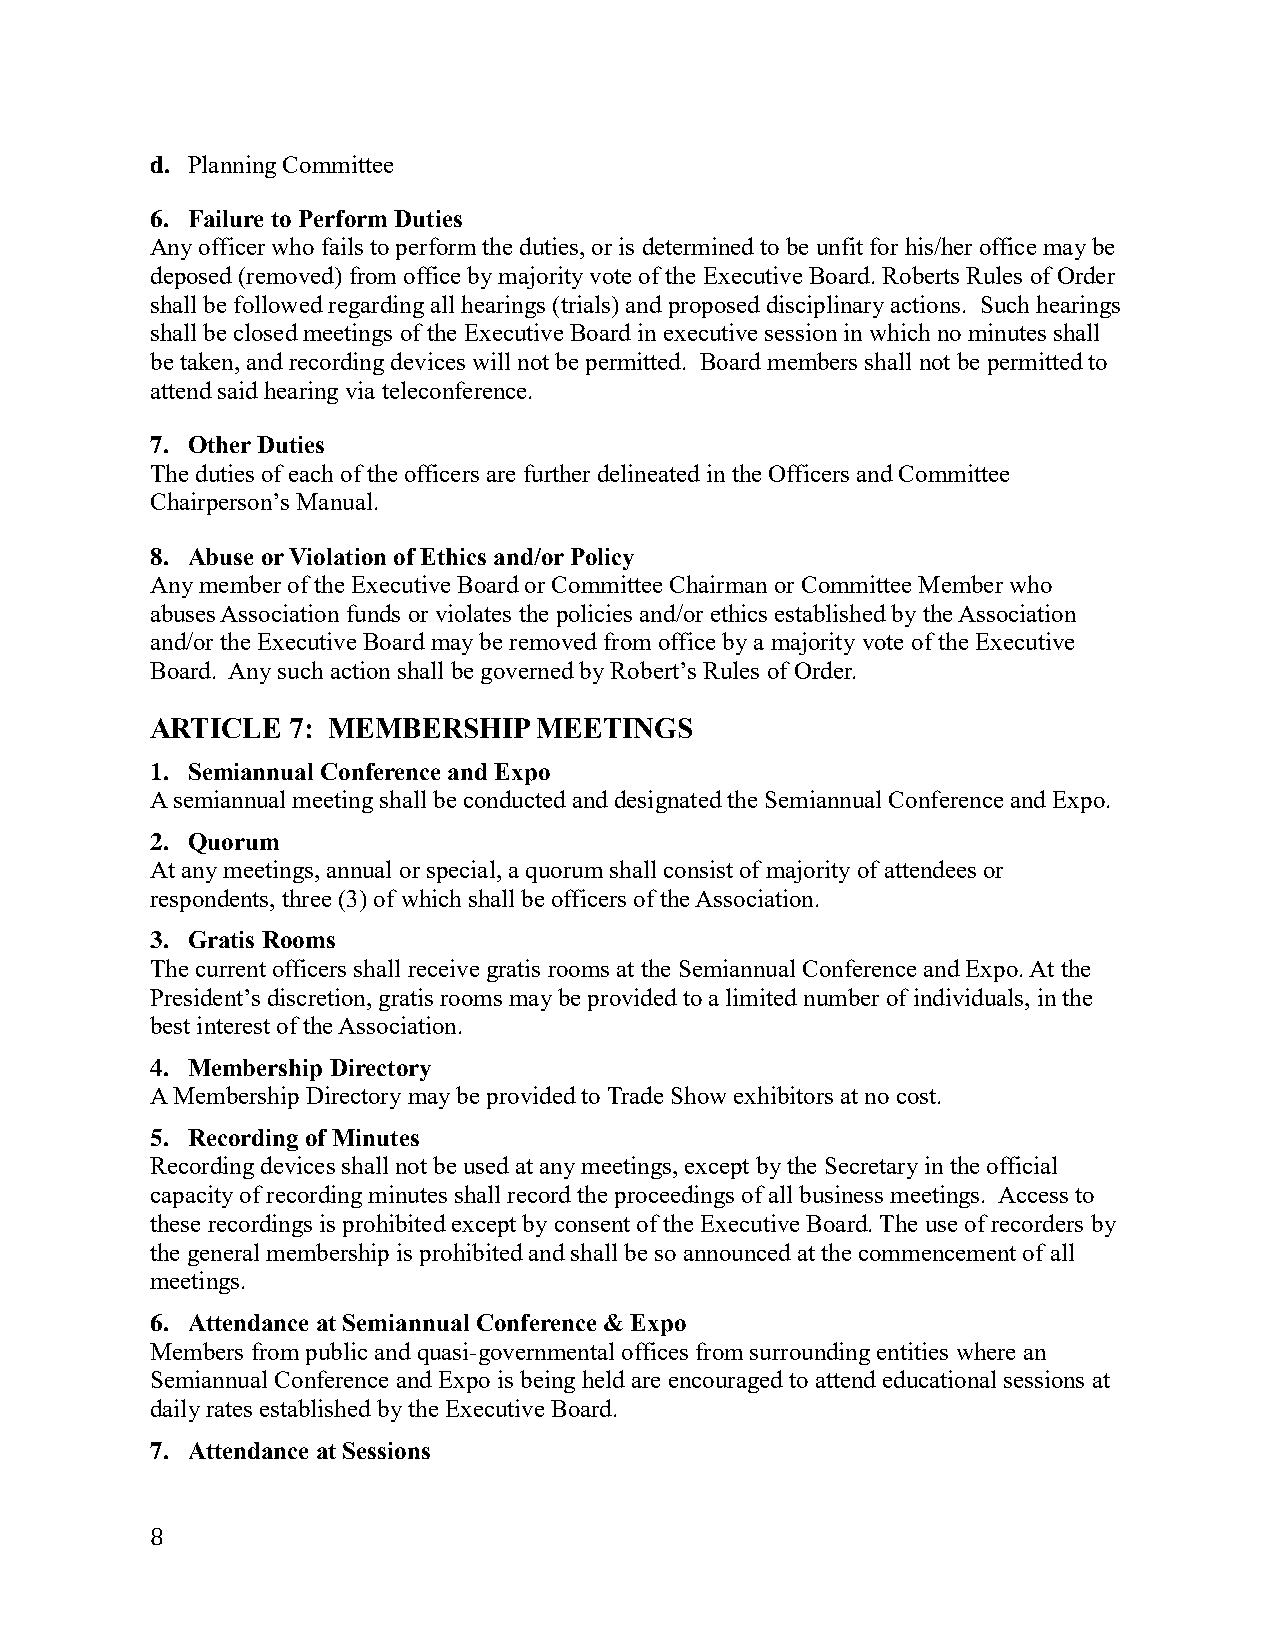
d. Planning Committee
 6. Failure to Perform Duties
 Any officer who fails to perform the duties, or is determined to be unfit for his/her office may be
 deposed (removed) from office by majority vote of the Executive Board. Roberts Rules of Order
 shall be followed regarding all hearings (trials) and proposed disciplinary actions. Such hearings
 shall be closed meetings of the Executive Board in executive session in which no minutes shall
 be taken, and recording devices will not be permitted. Board members shall not be permitted to
 attend said hearing via teleconference.
 7. Other Duties
 The duties of each of the officers are further delineated in the Officers and Committee
 Chairperson’s Manual.
 8. Abuse or Violation of Ethics and/or Policy
 Any member of the Executive Board or Committee Chairman or Committee Member who
 abuses Association funds or violates the policies and/or ethics established by the Association
 and/or the Executive Board may be removed from office by a majority vote of the Executive
 Board. Any such action shall be governed by Robert’s Rules of Order.
 ARTICLE  7: MEMBERSHIP    MEETINGS
 1. Semiannual Conference and Expo
 A semiannual meeting shall be conducted and designated the Semiannual Conference and Expo.
 2. Quorum
 At any meetings, annual or special, a quorum shall consist of majority of attendees or
 respondents, three (3) of which shall be officers of the Association.
 3. Gratis Rooms
 The current officers shall receive gratis rooms at the Semiannual Conference and Expo. At the
 President’s discretion, gratis rooms may be provided to a limited number of individuals, in the
 best interest of the Association.
 4. Membership Directory
 A Membership Directory may be provided to Trade Show exhibitors at no cost.
 5. Recording of Minutes
 Recording devices shall not be used at any meetings, except by the Secretary in the official
 capacity of recording minutes shall record the proceedings of all business meetings. Access to
 these recordings is prohibited except by consent of the Executive Board. The use of recorders by
 the general membership is prohibited and shall be so announced at the commencement of all
 meetings.
 6. Attendance at Semiannual Conference & Expo
 Members from public and quasi-governmental offices from surrounding entities where an
 Semiannual Conference and Expo is being held are encouraged to attend educational sessions at
 daily rates established by the Executive Board.
 7. Attendance at Sessions
 8